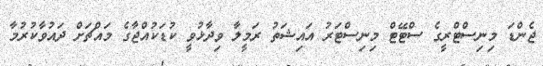
ޖެންޑަ މިނިސްޓްރީގެ ސްޓޭޓް މިނިސްޓަރު އައިޝަތު ރަމީލާ ވިދާޅުވީ ކުޑަކުއްޖާގެ މައްޗަށް ދައުވާކުރުމާ